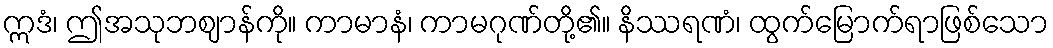
ဣဒံ၊ ဤအသုဘဈာန်ကို။ ကာမာနံ၊ ကာမဂုဏ်တို့၏။ နိဿရဏံ၊ ထွက်မြောက်ရာဖြစ်သော